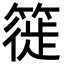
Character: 簁